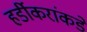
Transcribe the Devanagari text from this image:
हर्डीकरांकडे